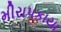
મીરાપકાયા